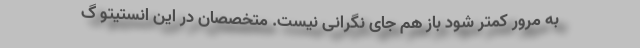
به مرور کمتر شود باز هم جای نگرانی نیست. متخصصان در این انستیتو گ